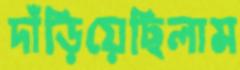
দাঁড়িয়েছিলাম